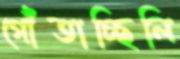
গোঁতাচ্ছিলি